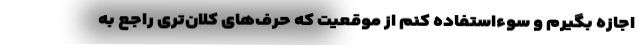
اجازه بگیرم و سوءاستفاده کنم از موقعیت که حرف‌های کلان‌تری راجع به